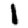
Digit: 1